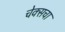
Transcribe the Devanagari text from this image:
चेक्सचा